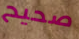
صحيح